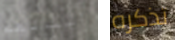
أسمائهم تذكره